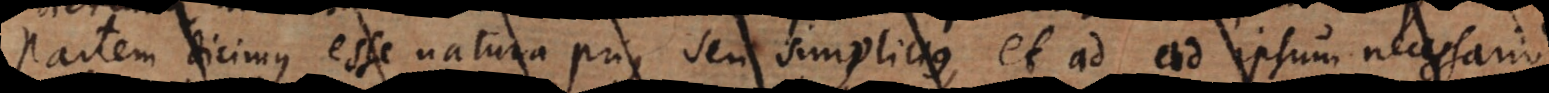
partem dicimus esse natura prius seu simplicius, et ad id ipsum necessario